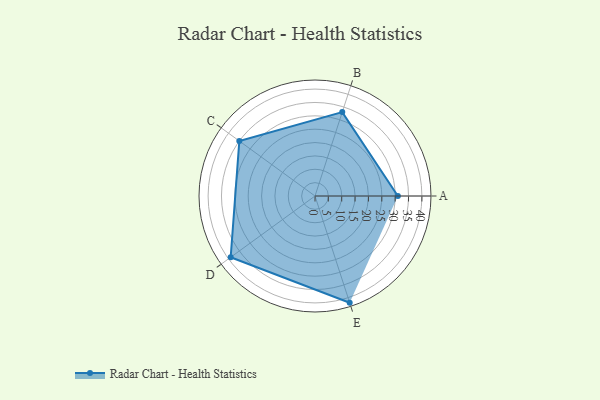
{"axis": {"x": "Skill", "y": "Score"}, "legend": ["Profile"], "data": [{"x": "A", "y": 31.0, "type": "Profile"}, {"x": "B", "y": 33.0, "type": "Profile"}, {"x": "C", "y": 35.0, "type": "Profile"}, {"x": "D", "y": 39.0, "type": "Profile"}, {"x": "E", "y": 42.0, "type": "Profile"}]}